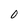
Character: 0